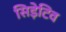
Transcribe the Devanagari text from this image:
सिड़ेटिव